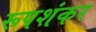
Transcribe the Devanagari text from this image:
रूपशंकर